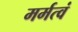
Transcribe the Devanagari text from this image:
मर्मत्वं